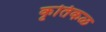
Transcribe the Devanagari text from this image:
कृतिकळ